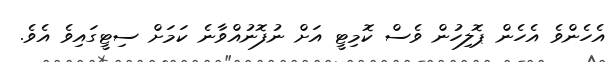
އެހެންވެ އެހެން ޕޮލިހުން ވެސް ކޮމިޓީ އަށް ނުފޮނުއްވާނެ ކަމަށް ސިޓީގައިވެ އެވެ.